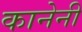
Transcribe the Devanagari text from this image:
कानेनी